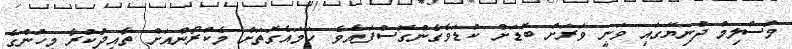
މުސްލިމް ދުނިޔޭގައި ވަނީ ވަރަށް ބޮޑަށް ކުޑަވެގެންގޮސްފައެވެ. ހަމައެގޮތަށް މެކްރޯންއަށް ތާއިދުކުރާ މީހުންގެ